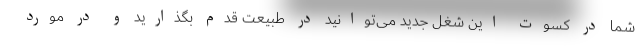
شما در کسوت این شغل جدید می‌توانید در طبیعت قدم بگذارید و در مورد